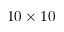
1 0 \times 1 0